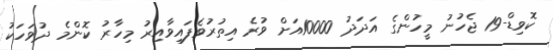
ކޮވިޑް-19 ޖެހުނު މީހުންގެ އަދަދު 10000އަށް ވުރެ އިތުރުވެފައިވާއިރު މިހާރު ކޮންމެ ދުވަހަކު